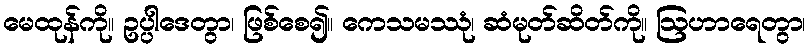
မေထုန်ကို။ ဥပ္ပါဒေတွာ၊ ဖြစ်စေ၍။ ကေသမဿုံ၊ ဆံမုတ်ဆိတ်ကို။ ဩဟာရေတွာ၊